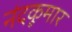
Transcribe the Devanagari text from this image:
नंदकूमार